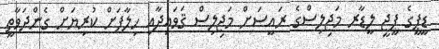
ޑީޕީގެ ޕީޖީ ލީޑާރ މަޖިލިސްގެ ރައީސަށް މަޖިލިސް ޤަވައިދާއި ހިލާފަށް ކުރިޔަށް ގެންދަވާތީ